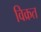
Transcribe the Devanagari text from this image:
विक्रत